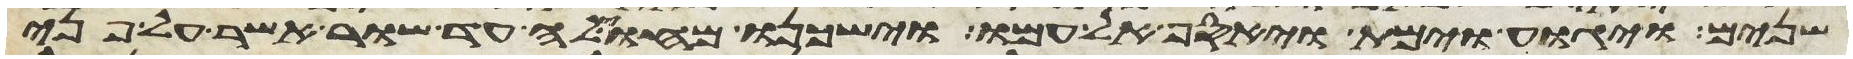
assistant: שנים ויגוע וימת ויאסף אל עמו וישכנו מחוילה עד שור אשר על פני